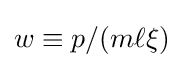
w\equiv p/(m\ell \xi )